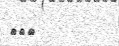
٢٠٠